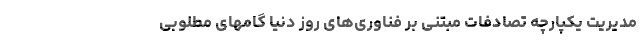
مدیریت یکپارچه تصادفات مبتنی بر فناوری‌های روز دنیا گامهای مطلوبی